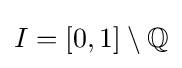
I=[0,1]\setminus \mathbb {Q}